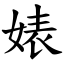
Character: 婊